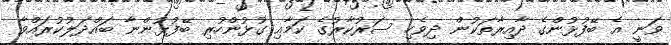
ވަނީ އެ ބޭފުޅުންގެ ދާއިރާތަކުން ދިވެހި ސަރުކާރުގެ ކަމާއި ގުޅުންހުރި ބޭފުޅުންނާ ބައްދަލުކުރައްވާ